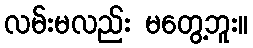
လမ်းမလည်း မတွေ့ဘူး။